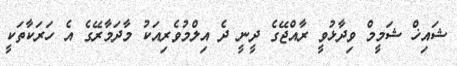
ޝައިޚް ޝަމީމް ވިދާޅުވީ ރާއްޖޭގެ ދީނީ ދެ އިލްމުވެރިއަކު މާދަމާރޭގެ އެ ހަރަކާތަކީ